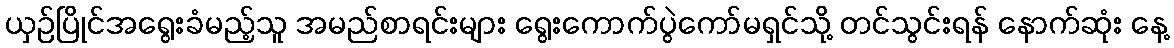
ယှဉ်ပြိုင်အရွေးခံမည့်သူ အမည်စာရင်းများ ရွေးကောက်ပွဲကော်မရှင်သို့ တင်သွင်းရန် နောက်ဆုံး နေ့